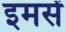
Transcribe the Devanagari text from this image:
इमसें